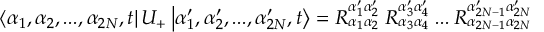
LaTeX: \left\langle \alpha _ { 1 } , \alpha _ { 2 } , . . . , \alpha _ { 2 N } , t \right| U _ { + } \left| \alpha _ { 1 } ^ { \prime } , \alpha _ { 2 } ^ { \prime } , . . . , \alpha _ { 2 N } ^ { \prime } , t \right\rangle = R _ { \alpha _ { 1 } \alpha _ { 2 } } ^ { \alpha _ { 1 } ^ { \prime } \alpha _ { 2 } ^ { \prime } } \: R _ { \alpha _ { 3 } \alpha _ { 4 } } ^ { \alpha _ { 3 } ^ { \prime } \alpha _ { 4 } ^ { \prime } } \: . . . \: R _ { \alpha _ { 2 N - 1 } \alpha _ { 2 N } } ^ { \alpha _ { 2 N - 1 } ^ { \prime } \alpha _ { 2 N } ^ { \prime } }